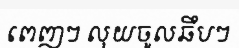
ពេញៗ លុយចូលឆឹបៗ